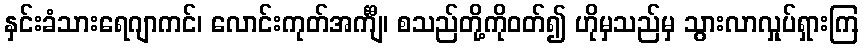
နှင်းခံသားရေဂျာကင်၊ လောင်းကုတ်အင်္ကျီ၊ စသည်တို့ကိုဝတ်၍ ဟိုမှသည်မှ သွားလာလှုပ်ရှားကြ